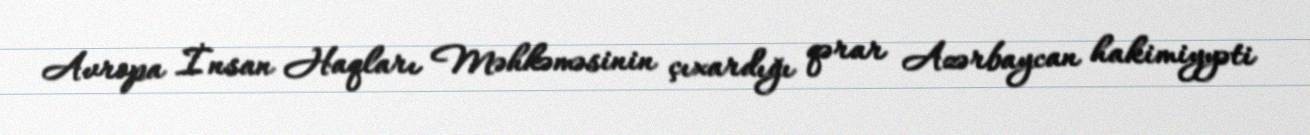
Avropa İnsan Haqları Məhkəməsinin çıxardığı qərar Azərbaycan hakimiyyəti